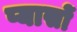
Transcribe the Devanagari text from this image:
प्यासों